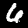
Label: 6